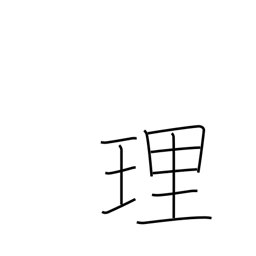
Meaning: justice